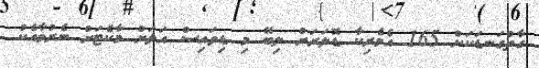
ގާތްގަނޑަކަށް 165 އެމެރިކާ ޑޮލަރަށް ލިބޭ މި ޑިވައިސް އަލަށް މާކެޓަށް ނެރުމާއެކު